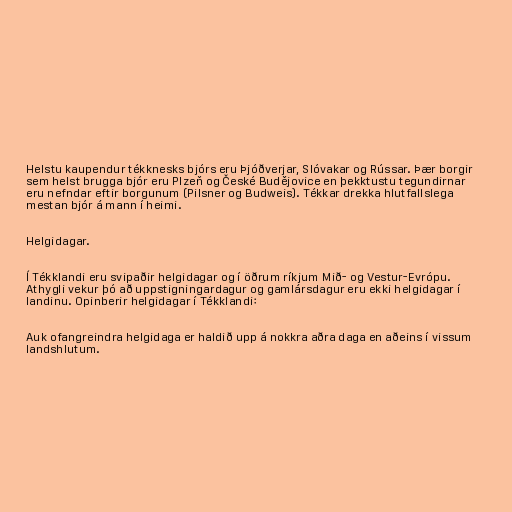
Helstu kaupendur tékknesks bjórs eru Þjóðverjar, Slóvakar og Rússar. Þær borgir
sem helst brugga bjór eru Plzeň og České Budějovice en þekktustu tegundirnar
eru nefndar eftir borgunum (Pilsner og Budweis). Tékkar drekka hlutfallslega
mestan bjór á mann í heimi.

Helgidagar.

Í Tékklandi eru svipaðir helgidagar og í öðrum ríkjum Mið- og Vestur-Evrópu.
Athygli vekur þó að uppstigningardagur og gamlársdagur eru ekki helgidagar í
landinu. Opinberir helgidagar í Tékklandi:

Auk ofangreindra helgidaga er haldið upp á nokkra aðra daga en aðeins í vissum
landshlutum.